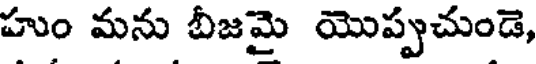
హుం మను బీజమై యొప్పుచుండె,